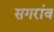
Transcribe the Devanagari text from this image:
सगरांव